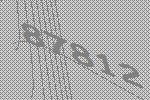
87812